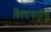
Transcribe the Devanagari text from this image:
विषयासाठीचा